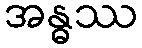
အန္ဓဿ